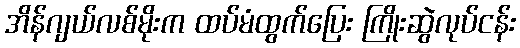
အိန်ဂျယ်လစ်မိုးက ထပ်မံထွက်ပြေး ကြိုးဆွဲလုပ်ငန်း